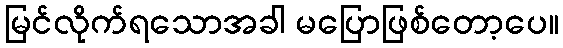
မြင်လိုက်ရသောအခါ မပြောဖြစ်တော့ပေ။